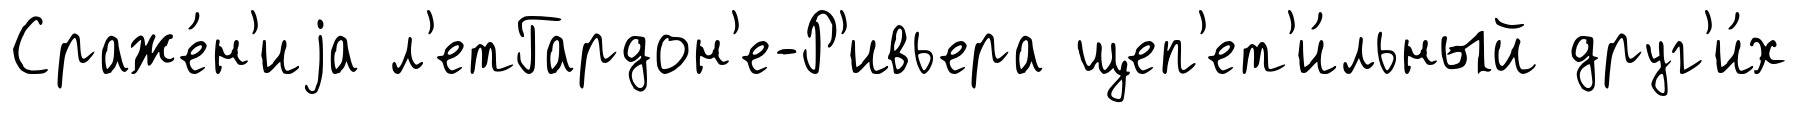
Сраже́н'иjа л'етГардон'е-Р'ивьера щеп'ет'и́льный друг'и́х